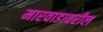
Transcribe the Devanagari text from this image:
मारवाडावरील